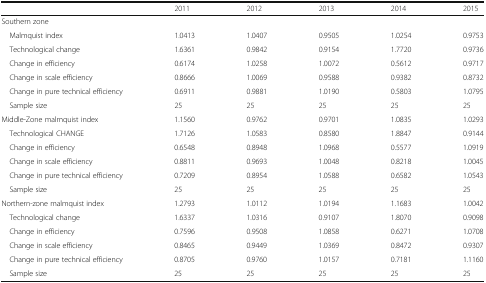
<table><thead><tr><td></td><td><b>2011</b></td><td><b>2012</b></td><td><b>2013</b></td><td><b>2014</b></td><td><b>2015</b></td></tr></thead><tbody><tr><td>Southern zone</td><td></td><td></td><td></td><td></td><td></td></tr><tr><td> Malmquist index</td><td>1.0413</td><td>1.0407</td><td>0.9505</td><td>1.0254</td><td>0.9753</td></tr><tr><td> Technological change</td><td>1.6361</td><td>0.9842</td><td>0.9154</td><td>1.7720</td><td>0.9736</td></tr><tr><td> Change in efficiency</td><td>0.6174</td><td>1.0258</td><td>1.0072</td><td>0.5612</td><td>0.9717</td></tr><tr><td> Change in scale efficiency</td><td>0.8666</td><td>1.0069</td><td>0.9588</td><td>0.9382</td><td>0.8732</td></tr><tr><td> Change in pure technical efficiency</td><td>0.6911</td><td>0.9881</td><td>1.0190</td><td>0.5803</td><td>1.0795</td></tr><tr><td> Sample size</td><td>25</td><td>25</td><td>25</td><td>25</td><td>25</td></tr><tr><td>Middle-Zone malmquist index</td><td>1.1560</td><td>0.9762</td><td>0.9701</td><td>1.0835</td><td>1.0293</td></tr><tr><td> Technological CHANGE</td><td>1.7126</td><td>1.0583</td><td>0.8580</td><td>1.8847</td><td>0.9144</td></tr><tr><td> Change in efficiency</td><td>0.6548</td><td>0.8948</td><td>1.0968</td><td>0.5577</td><td>1.0919</td></tr><tr><td> Change in scale efficiency</td><td>0.8811</td><td>0.9693</td><td>1.0048</td><td>0.8218</td><td>1.0045</td></tr><tr><td> Change in pure technical efficiency</td><td>0.7209</td><td>0.8954</td><td>1.0588</td><td>0.6582</td><td>1.0543</td></tr><tr><td> Sample size</td><td>25</td><td>25</td><td>25</td><td>25</td><td>25</td></tr><tr><td>Northern-zone malmquist index</td><td>1.2793</td><td>1.0112</td><td>1.0194</td><td>1.1683</td><td>1.0042</td></tr><tr><td> Technological change</td><td>1.6337</td><td>1.0316</td><td>0.9107</td><td>1.8070</td><td>0.9098</td></tr><tr><td> Change in efficiency</td><td>0.7596</td><td>0.9508</td><td>1.0858</td><td>0.6271</td><td>1.0708</td></tr><tr><td> Change in scale efficiency</td><td>0.8465</td><td>0.9449</td><td>1.0369</td><td>0.8472</td><td>0.9307</td></tr><tr><td> Change in pure technical efficiency</td><td>0.8705</td><td>0.9760</td><td>1.0157</td><td>0.7181</td><td>1.1160</td></tr><tr><td> Sample size</td><td>25</td><td>25</td><td>25</td><td>25</td><td>25</td></tr></tbody></table>